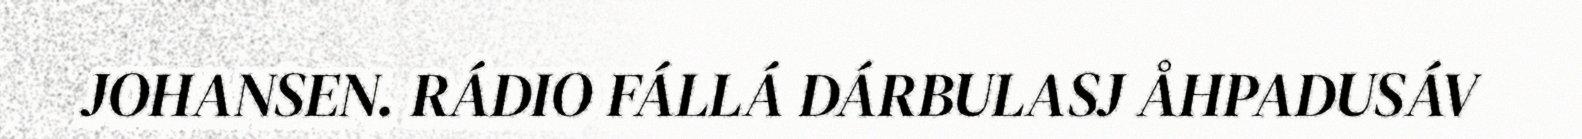
JOHANSEN. RÁDIO FÁLLÁ DÁRBULASJ ÅHPADUSÁV